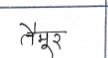
मजकूर: तैमूर